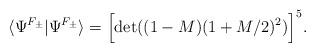
LaTeX: \begin{align*}\langle \Psi^{F_{\pm}} | \Psi^{F_{\pm}} \rangle =\Bigl[ {\rm det} ((1-M)(1+M/2)^2) \Bigr]^5.\end{align*}